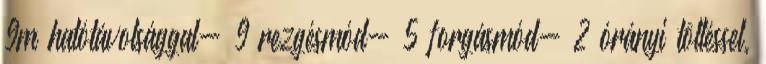
9m hatótávolsággal- 9 rezgésmód- 5 forgásmód- 2 órányi töltéssel,